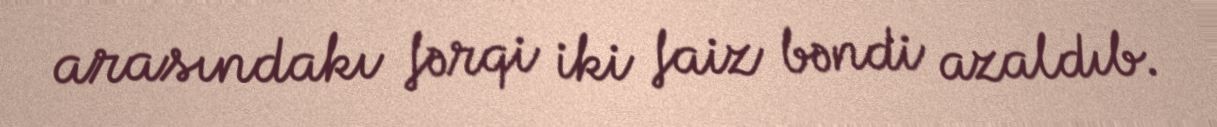
arasındakı fərqi iki faiz bəndi azaldıb.